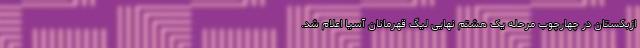
ازبکستان در چهارچوب مرحله یک هشتم نهایی لیگ قهرمانان آسیا اعلام شد.